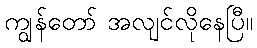
ကျွန်တော် အလျင်လိုနေပြီ။